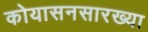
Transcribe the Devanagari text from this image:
कोयासनसारख्या